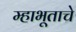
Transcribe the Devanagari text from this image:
म्हाभूताचे